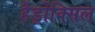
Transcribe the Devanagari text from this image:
हैड्रोक्सिल